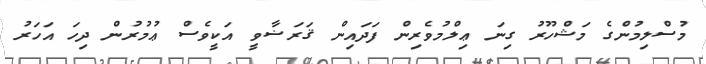
މުސްލިމުންގެ މަޝްހޫރު ގިނަ ޢިލްމުވެރިން ފަދައިން ޤަރަޟާވީ އަކީވެސް ޢުމުރުން ދިހަ އަހަރު